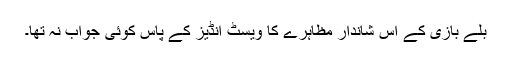
بلے بازی کے اس شاندار مظاہرے کا ویسٹ انڈیز کے پاس کوئی جواب نہ تھا۔